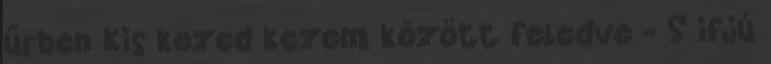
űrben Kis kezed kezem között feledve - S ifjú